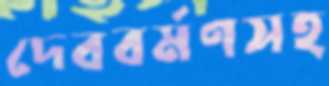
দেববর্মণসহ